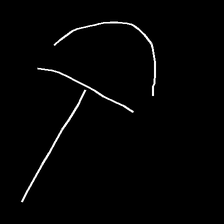
Glyph: dispersion